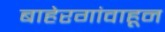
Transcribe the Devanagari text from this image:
बाहेरगांवाहून